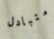
متبادل